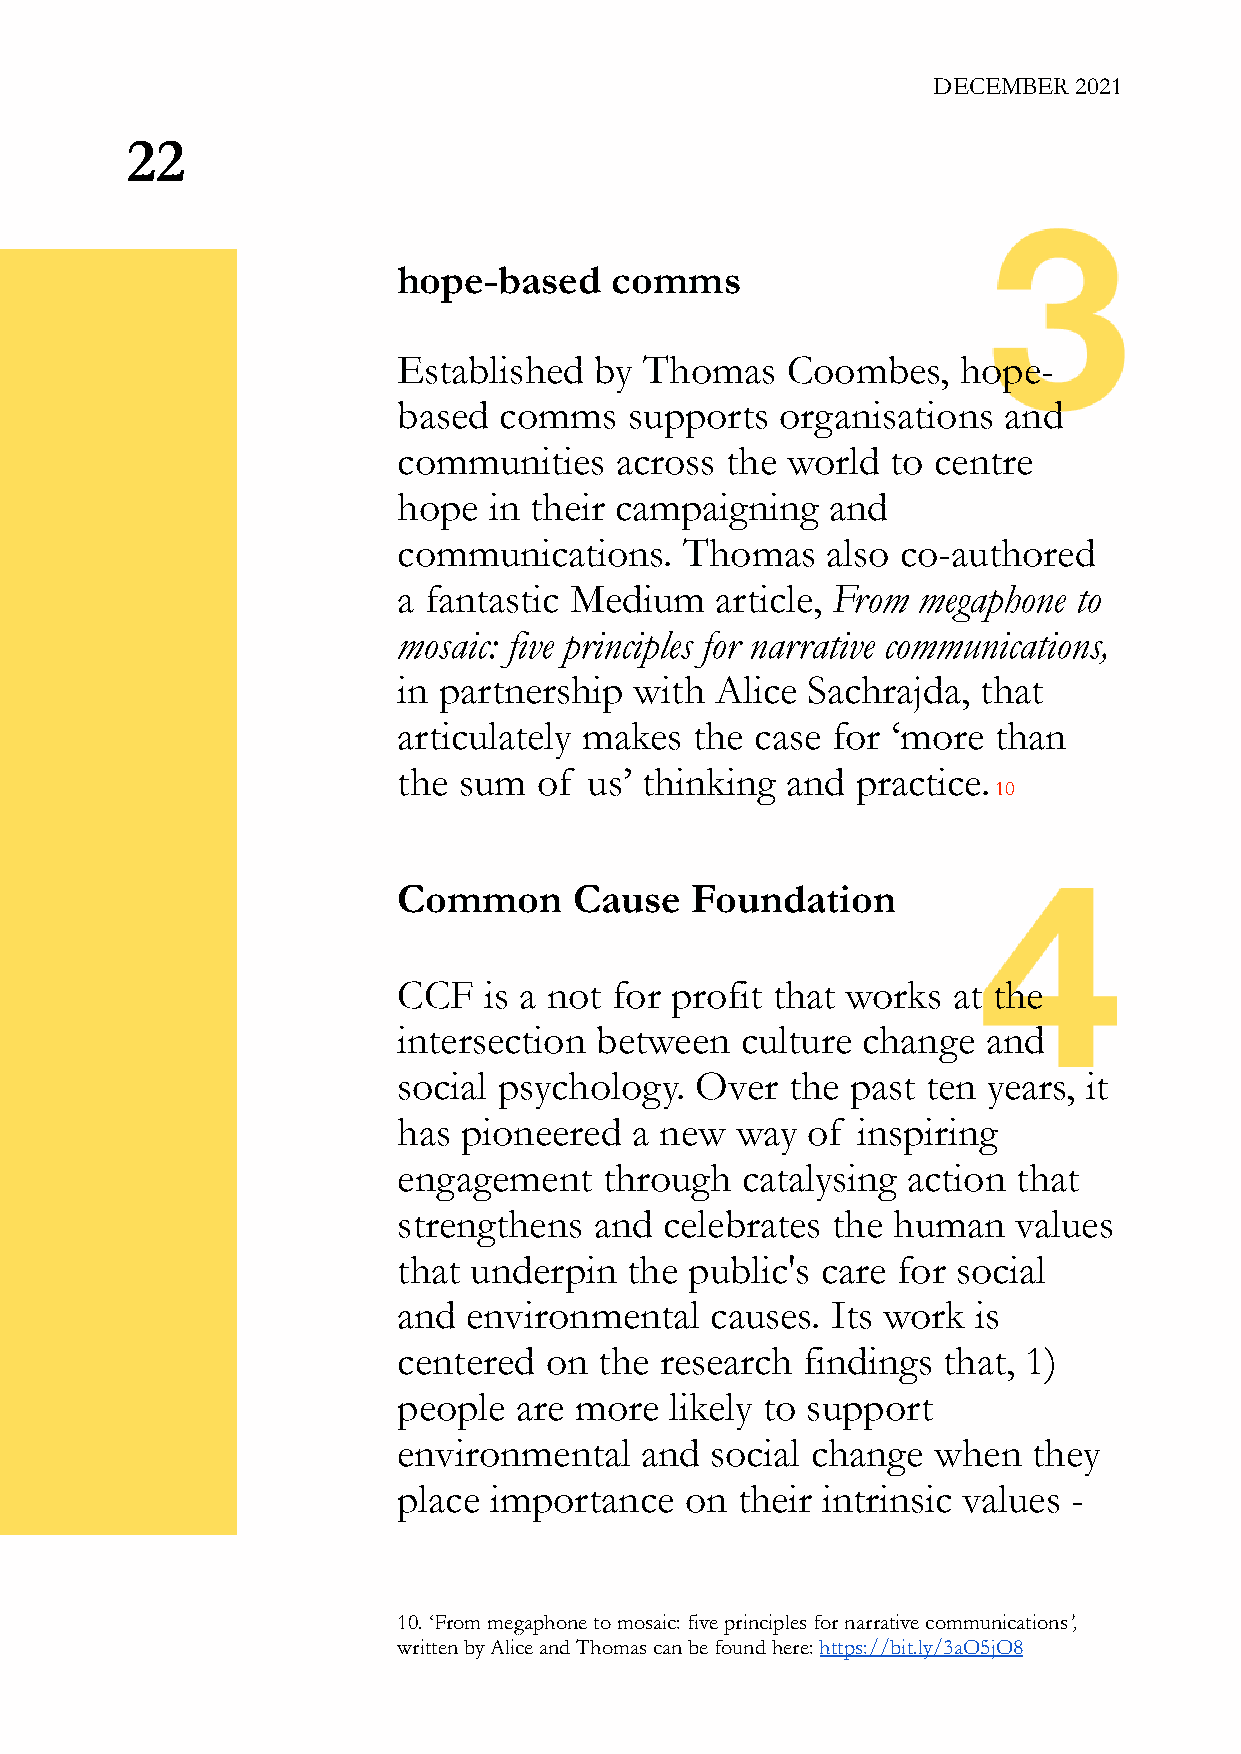
DECEMBER 2021
 22
 hope-based    comms
 Established  by  Thomas   Coombes,    hope-
 based  comms    supports  organisations and
 communities    across the world  to centre
 hope  in their campaigning   and
 communications.    Thomas    also co-authored
 a fantastic Medium   article, From megaphone to
 mosaic: five principles for narrative communications,
 in partnership  with Alice Sachrajda,  that
 articulately makes  the case for ‘more  than
 the sum   of us’ thinking and  practice.
 10
 Common      Cause   Foundation
 CCF   is a not for profit that works at the
 intersection between   culture change  and
 social psychology.  Over  the past ten years, it
 has  pioneered  a new  way of  inspiring
 engagement    through  catalysing action that
 strengthens  and  celebrates the human   values
 that underpin  the  public's care for social
 and  environmental   causes. Its work  is
 centered  on  the research findings that, 1)
 people  are more  likely to support
 environmental   and  social change  when  they
 place importance   on  their intrinsic values -
 10. ‘From megaphone to mosaic: five principles for narrative communications’,
 written by Alice and Thomas can be found here: https://bit.ly/3aO5jO8